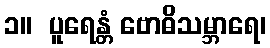
၁။  ပူရေန္တံ ဗောဓိသမ္ဘာရေ၊